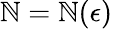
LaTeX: \mathbb{N}=\mathbb{N}(\epsilon)